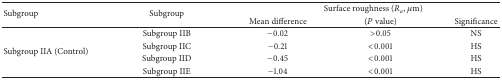
| <ROWSPAN=2> Subgroup | <ROWSPAN=2> Subgroup | <COLSPAN=3> Surface roughness (Ra, μm) |
 | Mean difference | (P value) | Significance |
 | --- | --- | --- | --- | --- |
 | <ROWSPAN=4> Subgroup IIA (Control) | Subgroup IIB | −0.02 | >0.05 | NS |
 | Subgroup IIC | −0.21 | <0.001 | HS |
 | Subgroup IID | −0.45 | <0.001 | HS |
 | Subgroup IIE | −1.04 | <0.001 | HS |